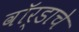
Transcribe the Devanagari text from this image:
वॉर्डाचे